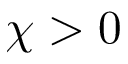
\chi > 0